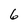
Character: 6